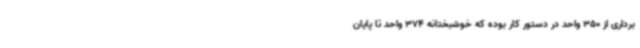
برداری از 350 واحد در دستور کار بوده که خوشبختانه 374 واحد تا پایان